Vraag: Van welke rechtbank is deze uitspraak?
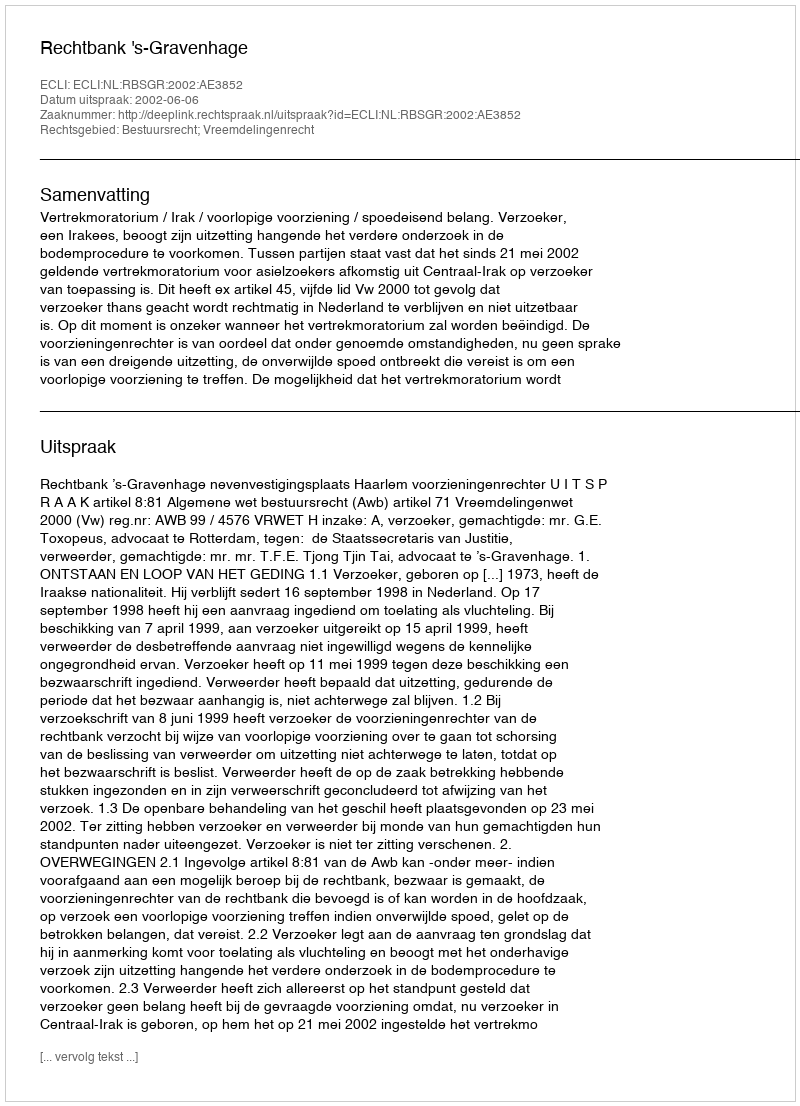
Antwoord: Rechtbank 's-Gravenhage